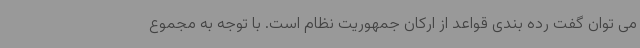
می توان گفت رده بندی قواعد از ارکان جمهوریت نظام است. با توجه به مجموع